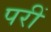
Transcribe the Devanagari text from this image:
परीं